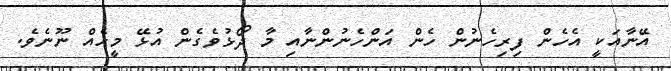
އޭނާއަކީ އެހެން ފިރިހެނުން ހެން އަންހެނުންނާއި މާ ދޯޅުވެގެން އުޅޭ މީހެއް ނޫނެވެ.